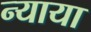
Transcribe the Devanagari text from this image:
न्याया